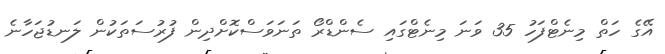
އޭގެ ހަތް މިނެޓްފަހު 35 ވަނަ މިނެޓްގައި ސެންޑްރޯ ތަނަވަސްކޮށްދިން ފުރުސަތަކުން ލަނޑުޖަހާނެ